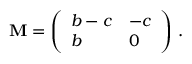
\mathbf { M } = \left( \begin{array} { l l } { b - c } & { - c } \\ { b } & { 0 } \end{array} \right) \, .